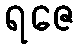
ရဇေ